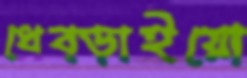
ধেব্‌ড়াইয়ো